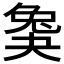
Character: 𡙖